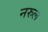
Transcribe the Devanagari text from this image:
नरुल